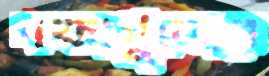
দফাগুলোর